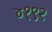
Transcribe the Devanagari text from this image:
४१९२